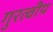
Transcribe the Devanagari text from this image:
गुरत्वीय